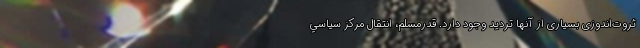
ثروت‌اندوزی بسیاری از آنها تردید وجود دارد. قدرمسلم، انتقال مركز سياسي